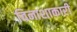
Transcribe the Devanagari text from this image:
विनाशाकारी